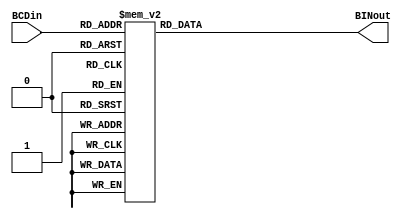
module Display7seg (BCDin, BINout);
	input [3:0] BCDin;
	output reg [6:0] BINout;

	initial begin
		BINout =  7'b111_1111;
	end
	
	always @* begin
		//active_low inputs
		/*
		design:

			  ___g___
			 |		 |
			b|		 |f
			 |___a___|
			 |		 |
			c|		 |e
			 |_______|
			 	 d
		*/
		case (BCDin)
			//              abc_defg
			4'b0000: BINout = 7'b100_0000;
			4'b0001: BINout = 7'b111_1001;
			4'b0010: BINout = 7'b010_0100;
			4'b0011: BINout = 7'b011_0000;
			4'b0100: BINout = 7'b001_1001;
			4'b0101: BINout = 7'b001_0010;
			4'b0110: BINout = 7'b000_0010;
			4'b0111: BINout = 7'b111_1000;
			4'b1000: BINout = 7'b000_0000;
			4'b1001: BINout = 7'b001_0000;
			default: BINout = 7'b111_1111;
		endcase
	end
endmodule